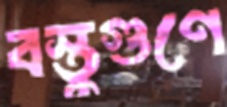
বস্তুগুণে